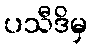
ပသီဒိမှ